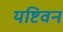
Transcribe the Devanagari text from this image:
यष्टिवन